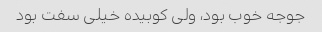
جوجه خوب بود، ولی کوبیده خیلی سفت بود